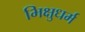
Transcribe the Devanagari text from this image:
भिक्षुधर्म